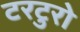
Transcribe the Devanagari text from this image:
टरटुरो